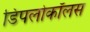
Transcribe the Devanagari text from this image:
डिपलोकॉलस